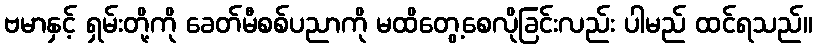
ဗမာနှင့် ရှမ်းတို့ကို ခေတ်မီစစ်ပညာကို မထိတွေ့စေလိုခြင်းလည်း ပါမည် ထင်ရသည်။